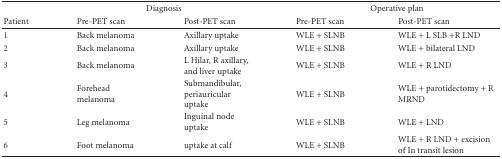
|  | <COLSPAN=2> Diagnosis | <COLSPAN=2> Operative plan |
 | Patient | Pre-PET scan | Post-PET scan | Pre-PET scan | Post-PET scan |
 | --- | --- | --- | --- | --- |
 | 1 | Back melanoma | Axillary uptake | WLE + SLNB | WLE + L SLB +R LND |
 | 2 | Back melanoma | Axillary uptake | WLE + SLNB | WLE + bilateral LND |
 | 3 | Back melanoma | L Hilar, R axillary, and liver uptake | WLE + SLNB | WLE + R LND |
 | 4 | Forehead melanoma | Submandibular, periauricular uptake | WLE + SLNB | WLE + parotidectomy + R MRND |
 | 5 | Leg melanoma | Inguinal node uptake | WLE + SLNB | WLE + LND |
 | 6 | Foot melanoma | uptake at calf | WLE + SLNB | WLE + R LND + excision of In transit lesion |